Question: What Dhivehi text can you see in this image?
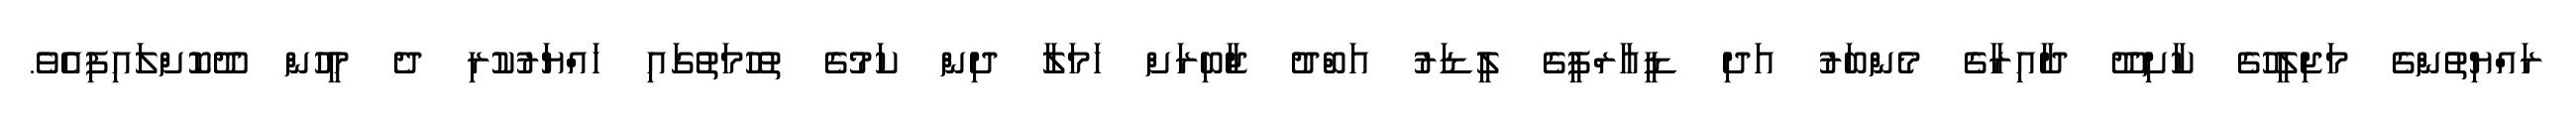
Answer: ރައްޔިތުންގެ މަޖިލީހުގެ ކާށިދޫ ދާއިރާގެ މެންބަރު އަދި ޑީއާރްޕީގެ ލީޑަރު އަބްދު ޖާބިރަށް ހަމަލާ ދިން ކަމުގެ ތުހުމަތުގައި ހައްޔަރުކުރި ދެ މީހުން ދޫކޮށްލައިފިއެވެ.